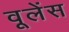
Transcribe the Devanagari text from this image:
वूलेंस